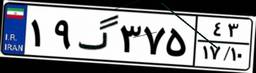
۱۹گ۳۷۵۴۳